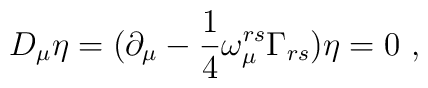
D_{\mu} \eta = (\partial_\mu- \frac{1}{4} \omega_{\mu}^{rs} \Gamma_{rs} ) \eta = 0 ~,